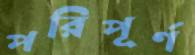
পরিপূর্ণ